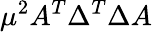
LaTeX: \mu^{2}A^{T}\Delta^{T}\Delta A